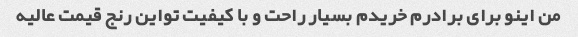
من اینو برای برادرم خریدم بسیار راحت و با کیفیت تواین رنج قیمت عالیه